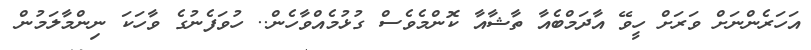
އަހަރެންނަށް ވަރަށް ހީވޭ އާދަމްބެއާ ތާޝާއާ ކޮންމެވެސް ގުޅުމެއްވާހެން.. ހުވަފެނުގެ ވާހަކަ ނިންމާލަމުން